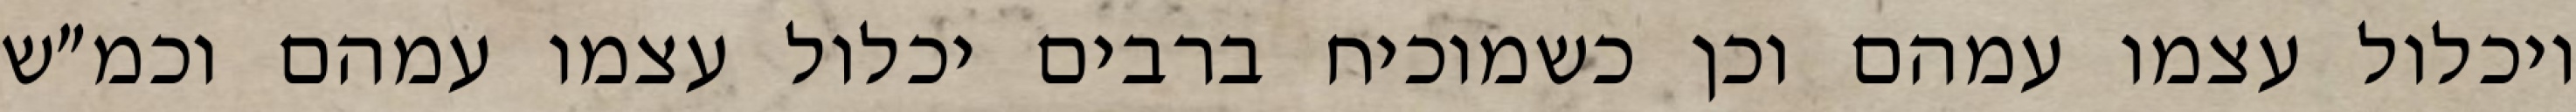
ויכלול עצמו עמהם וכן כשמוכיח ברבים יכלול עצמו עמהם וכמ״ש